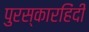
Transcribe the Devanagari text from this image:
पुरस्कारहिंदी